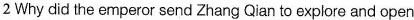
2 Why did the emperor send Zhang Qian to explore and open